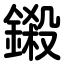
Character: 鎩